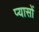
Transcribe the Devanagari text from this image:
प्यासों